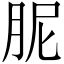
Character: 胒